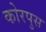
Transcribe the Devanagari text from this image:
कोरपुस